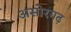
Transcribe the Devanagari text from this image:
असोरगढ़